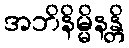
အဘိနိမ္မိနန္တိ